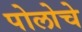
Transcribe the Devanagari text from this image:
पोलोचे